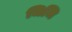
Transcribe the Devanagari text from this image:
जिजि